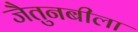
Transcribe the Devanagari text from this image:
जैतुनबीला